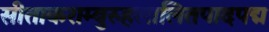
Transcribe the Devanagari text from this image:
सीताकराम्बुरुहलालितपादपद्म